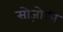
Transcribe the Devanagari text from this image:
सोज़ोकी